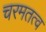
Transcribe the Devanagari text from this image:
चरमतत्व